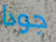
جودا